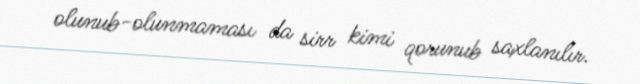
olunub-olunmaması da sirr kimi qorunub saxlanılır.